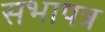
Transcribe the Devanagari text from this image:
सभापत्र